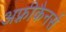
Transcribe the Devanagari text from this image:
अफ़्रीकैनर्स